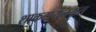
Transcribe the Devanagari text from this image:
शाकटायनकृत